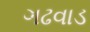
ગઢવાડ